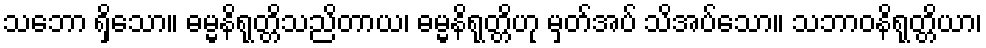
သဘော ရှိသော။ ဓမ္မနိရုတ္တိသညိတာယ၊ ဓမ္မနိရုတ္တိဟု မှတ်အပ် သိအပ်သော။ သဘာဝနိရုတ္တိယာ၊